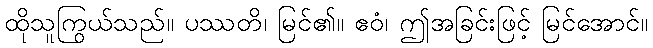
ထိုသူကြွယ်သည်။ ပဿတိ၊ မြင်၏။ ဧဝံ၊ ဤအခြင်းဖြင့် မြင်အောင်။